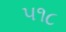
૫૧૮